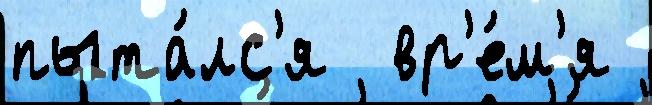
пыта́лс'я  вр'е́м'я